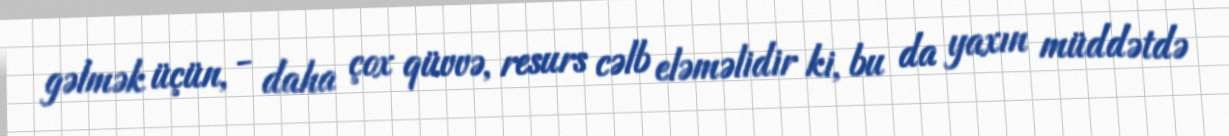
gəlmək üçün, - daha çox qüvvə, resurs cəlb eləməlidir ki, bu da yaxın müddətdə